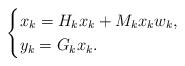
LaTeX: \begin{align*}\begin{cases}x_k=H_kx_k+M_kx_kw_k,\\y_k=G_kx_k.\end{cases}\end{align*}